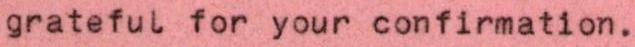
grateful for your confirmation.